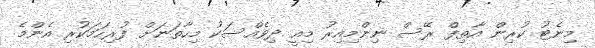
މިނެޓު ކުރިން އާތިފް ރޭސް ނިންމިއިރު މިއީ ދިވެއްސަކު މިހާތަނަށް ފުރިހަމަކުރި އެންމެ